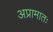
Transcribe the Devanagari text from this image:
अप्रामातः